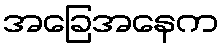
အခြေအနေက